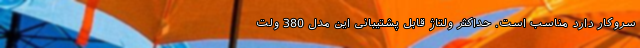
سروکار دارد مناسب است. حداکثر ولتاژ قابل پشتیبانی این مدل 380 ولت